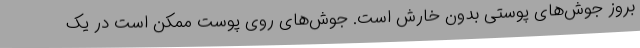
بروز جوش‌های پوستی بدون خارش است. جوش‌های روی پوست ممکن است در یک